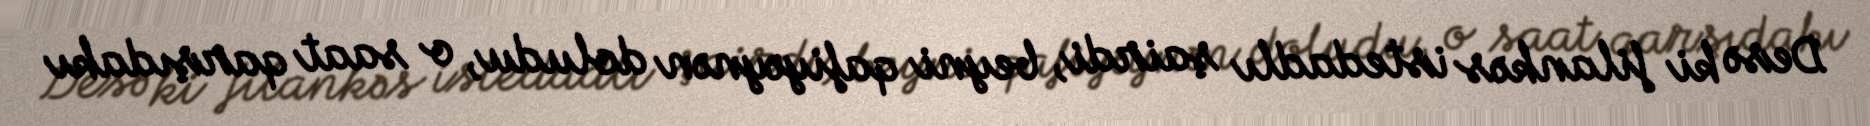
Desə ki filankəs istedadlı şairdi, beyni qafiyəynən doludu, o saat qarşıdakı